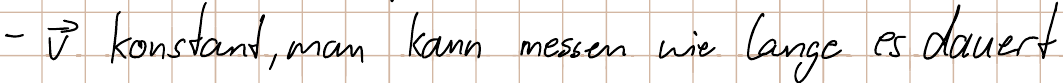
- v konstant, man kann messen wie lange es dauert